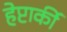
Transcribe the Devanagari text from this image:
हेप्टार्की